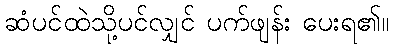
ဆံပင်ထဲသို့ပင်လျှင် ပက်ဖျန်း ပေးရ၏။